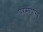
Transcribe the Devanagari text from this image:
परमोपास्य